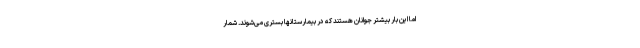
اما این بار بیشتر جوانان هستند که در بیمارستانها بستری می‌شوند. شمار